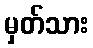
မှတ်သား